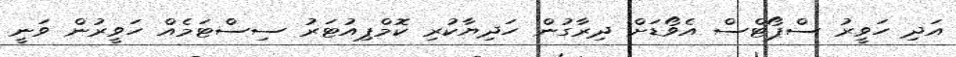
އަދި ހަވީރު ސްޕޯޓްސް އެވޯޑަށް ދިރާގުން ހަދިޔާކުރި ކޮމްޕިއުޓަރު ސިސްޓަމެއް ހަވީރުން ވަނީ